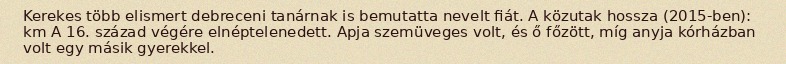
Kerekes több elismert debreceni tanárnak is bemutatta nevelt fiát. A közutak hossza (2015-ben): km A 16. század végére elnéptelenedett. Apja szemüveges volt, és ő főzött, míg anyja kórházban volt egy másik gyerekkel.